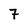
Character: 7